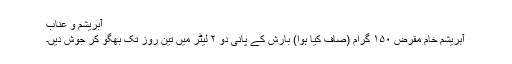
آبریشم و عناّب
آبریشم خام مقرض ۱۵۰ گرام (صاف کیا ہوا) بارِش کے پانی دو ۲ لیٹر میں تین روز تک بھگو کر جوش دیں۔